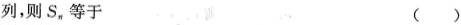
列，则S_{n}，等于 ()